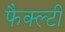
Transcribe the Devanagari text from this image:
फैक्ल्टी